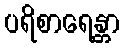
ပရိစာရေန္တာ